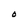
Character: O